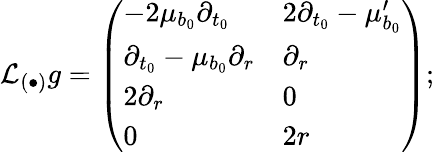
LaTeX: \mathcal{L}_{(\bullet)}g=\left(\begin{array}{ll}{-2\mu_{b_{0}}\partial_{t_{0}}}&{2\partial_{t_{0}}-\mu_{b_{0}}^{\prime}}\\ {\partial_{t_{0}}-\mu_{b_{0}}\partial_{r}}&{\partial_{r}}\\ {2\partial_{r}}&{0}\\ {0}&{2r}\end{array}\right);